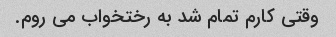
وقتی کارم تمام شد به رختخواب می روم.